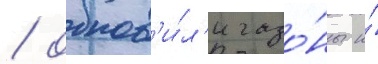
/ обнов'и́л'и газо́ны и́